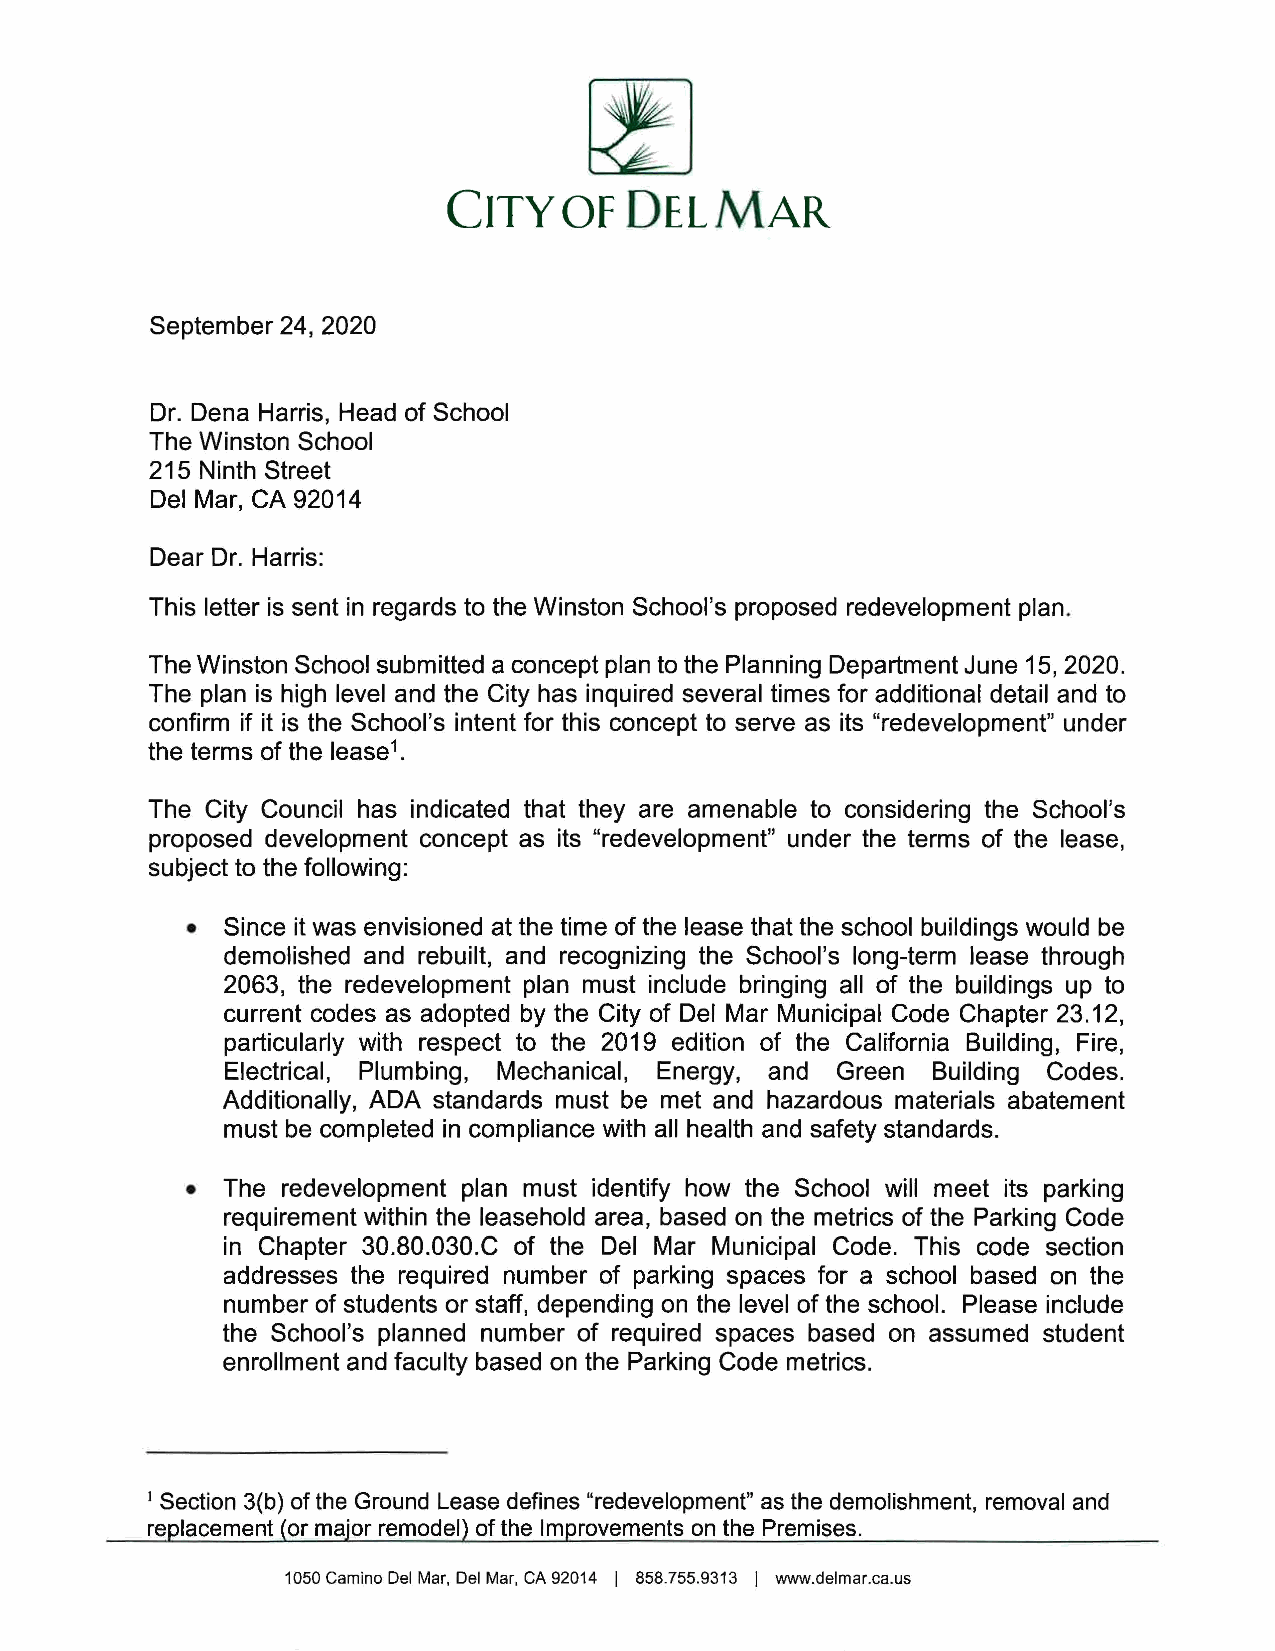
~
 CITY   OF  DEL   MAR
 September 24, 2020
 Dr. Dena Harris, Head of School
 The Winston School
 215 Ninth Street
 Del Mar, CA 92014
 Dear Dr. Harris:
 This letter is sent in regards to the Winston School's proposed redevelopment plan.
 The Winston School submitted a concept plan to the Planning Department June 15, 2020.
 The plan is high level and the City has inquired several times for additional detail and to
 confirm if it is the School's intent for this concept to serve as its "redevelopment" under
 the terms of the lease 1.
 The City Council has indicated that they are amenable to considering the School's
 proposed development concept as its "redevelopment" under the terms of the lease,
 subject to the following:
 •  Since it was envisioned at the time of the lease that the school buildings would be
 demolished and rebuilt, and recognizing the School's long-term lease through
 2063, the redevelopment plan must include bringing all of the buildings up to
 current codes as adopted by the City of Del Mar Municipal Code Chapter 23.12,
 particularly with respect to the 2019 edition of the California Building, Fire,
 Electrical, Plumbing, Mechanical, Energy, and Green Building Codes.
 Additionally, ADA standards must be met and hazardous materials abatement
 must be completed in compliance with all health and safety standards.
 •  The redevelopment plan must identify how the School will meet its parking
 requirement within the leasehold area, based on the metrics of the Parking Code
 in Chapter 30.80.030.C of the Del Mar Municipal Code. This code section
 addresses the required number of parking spaces for a school based on the
 number of students or staff, depending on the level of the school. Please include
 the School's planned number of required spaces based on assumed student
 enrollment and faculty based on the Parking Code metrics.
 1 Section 3(b) of the Ground Lease defines "redevelopment" as the demolishment, removal and
 replacement (or major remodel) of the Improvements on the Premises.
 1050 Camino Del Mar, Del Mar, CA 92014 I 858.755.9313 I www.delmar.ca.us